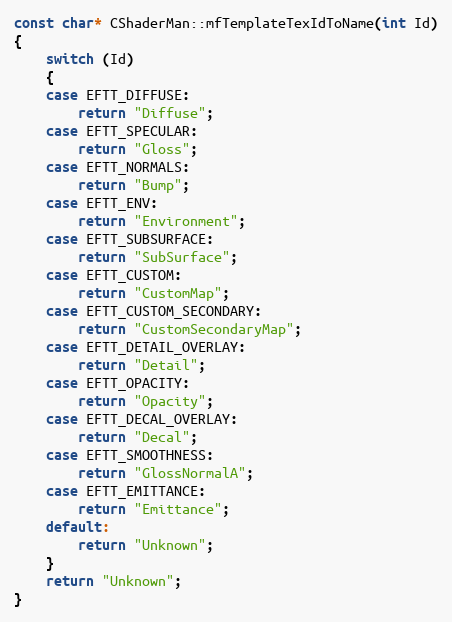
Language: C++
const char* CShaderMan::mfTemplateTexIdToName(int Id)
{
	switch (Id)
	{
	case EFTT_DIFFUSE:
		return "Diffuse";
	case EFTT_SPECULAR:
		return "Gloss";
	case EFTT_NORMALS:
		return "Bump";
	case EFTT_ENV:
		return "Environment";
	case EFTT_SUBSURFACE:
		return "SubSurface";
	case EFTT_CUSTOM:
		return "CustomMap";
	case EFTT_CUSTOM_SECONDARY:
		return "CustomSecondaryMap";
	case EFTT_DETAIL_OVERLAY:
		return "Detail";
	case EFTT_OPACITY:
		return "Opacity";
	case EFTT_DECAL_OVERLAY:
		return "Decal";
	case EFTT_SMOOTHNESS:
		return "GlossNormalA";
	case EFTT_EMITTANCE:
		return "Emittance";
	default:
		return "Unknown";
	}
	return "Unknown";
}